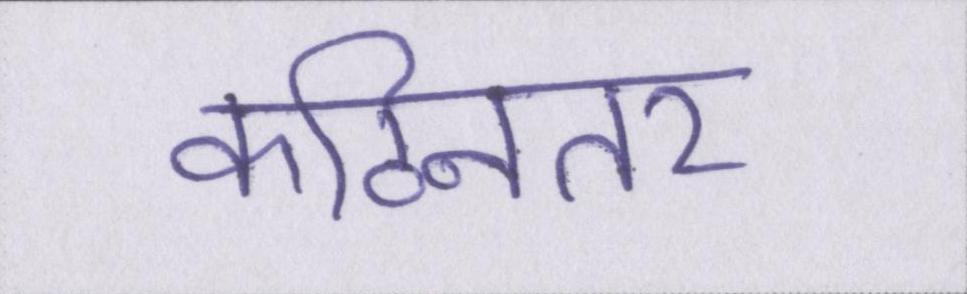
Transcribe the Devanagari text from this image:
कठिनतर